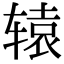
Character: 辕